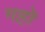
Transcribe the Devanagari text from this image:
गहो